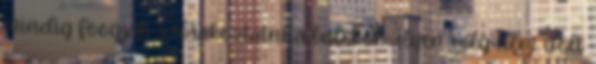
mindig foogják szórakoztatni a balekok Ilyen még nem volt